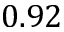
0 . 9 2